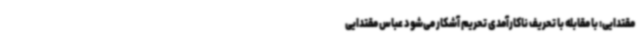
مقتدایی: با مقابله با تحریف ناکارآمدی تحریم آشکار می‌شود عباس مقتدایی